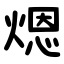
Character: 煾